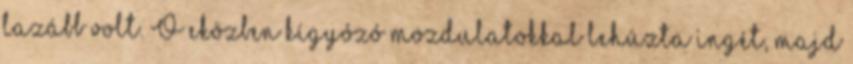
lazább volt. Ő eközben kígyózó mozdulatokkal lehúzta ingét, majd